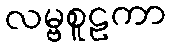
လမ္ဗစူဠကာ